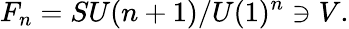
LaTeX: F_{n}=SU(n+1)/U(1)^{n}\ni V.